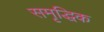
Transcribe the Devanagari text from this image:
समृद्धिक